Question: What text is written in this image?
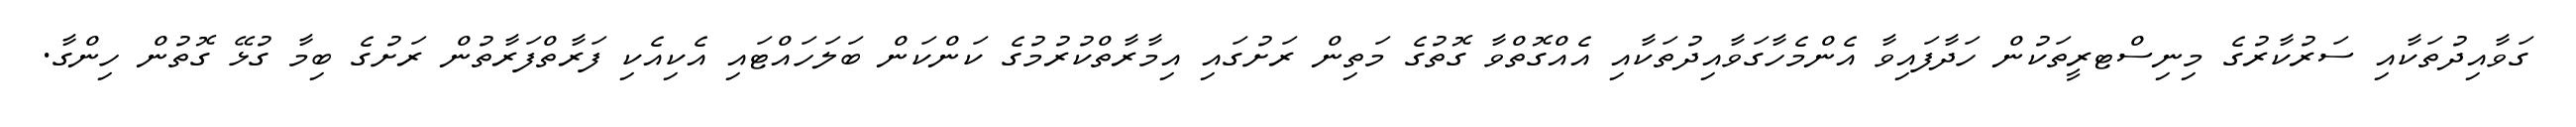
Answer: ގަވާއިދުތަކާއި ސަރުކާރުގެ މިނިސްޓރީތަކުން ހަދާފައިވާ އެންމެހާގަވާއިދުތަކާއި އެއްގޮތްވާ ގޮތުގެ މަތިން ރަށުގައި އިމާރާތްކުރުމުގެ ކަންކަން ބަލަހައްޓައި އެކިއެކި ފަރާތްފަރާތުން ރަށުގެ ބިމާ ގުޅޭ ގޮތުން ހިންގާ.